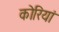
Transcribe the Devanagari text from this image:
कोरियां